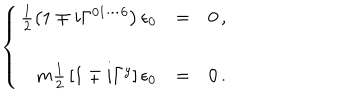
LaTeX: \left\{ \begin{array} { r c l } { { \frac { 1 } { 2 } \left( 1 \mp i \Gamma ^ { 0 1 \cdots 6 } \right) \epsilon _ { 0 } } } & { { = } } & { { 0 \, , } } \\ { { } } & { { } } & { { } } \\ { { m { \textstyle \frac { 1 } { 2 } } \left[ 1 \mp i \Gamma ^ { y } \right] \epsilon _ { 0 } } } & { { = } } & { { 0 \, . } } \\ \end{array} \right.